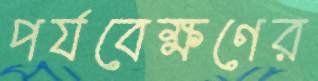
পর্যবেক্ষণের